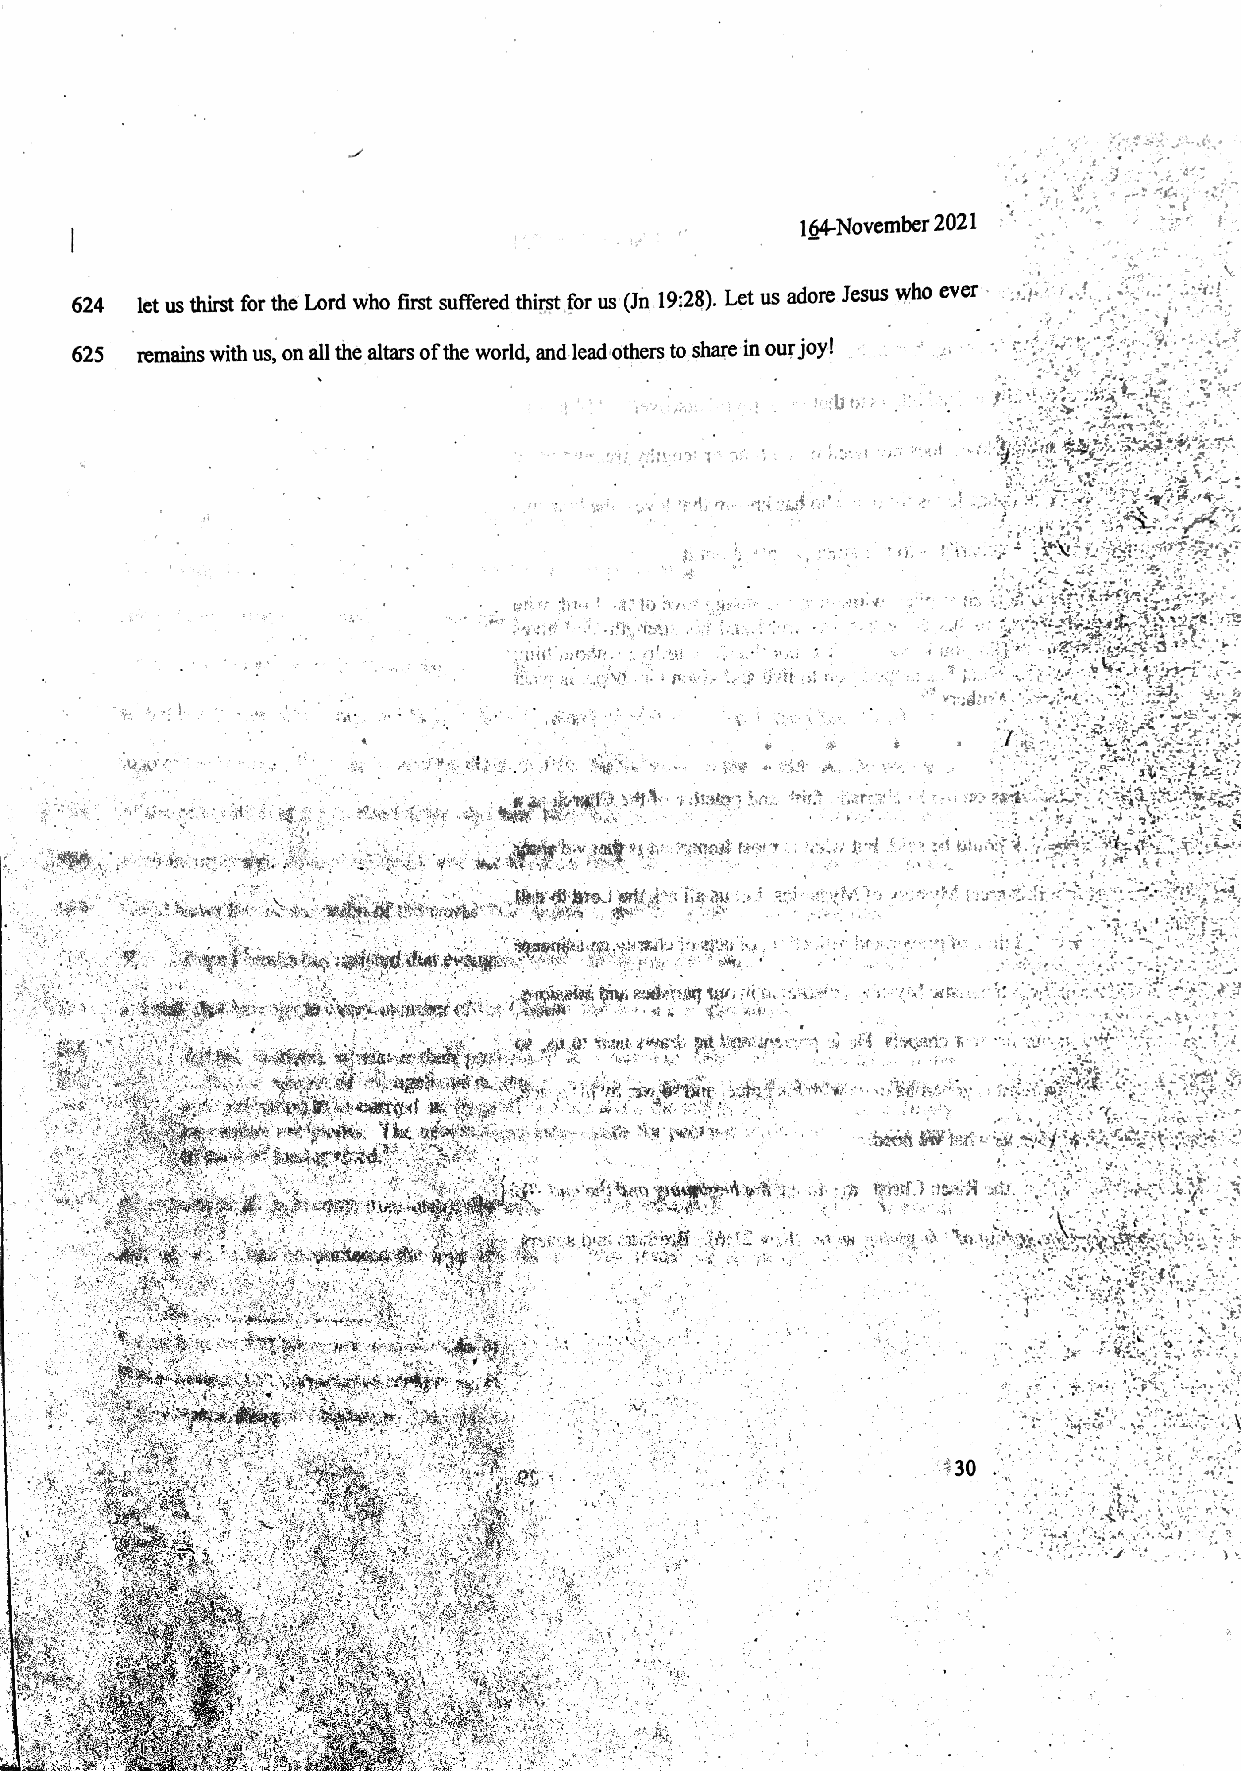
:    .  164-November2021:
 624 letusthirst forthe Lord who first suffered thirstfor us (Jn 19:28). Let usadore Jesus who ever -
 625 remainswith us, on allthe altars ofthe world,andleadothers toshareinourjoy! = oi on°
 .
 ele: